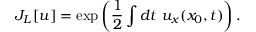
J _ { L } [ u ] = \exp \left( \frac { 1 } { 2 } \int d t ~ u _ { x } ( x _ { 0 } , t ) \right) .